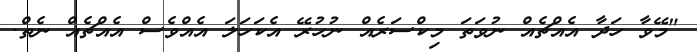
"މޭވާ ހަދާ އެއްޗެއް ނުވަތަ މިކްސަރެއް ނުހުރޭ އެކަހަލަ އެއްވެސް އެއްޗެއް ނެތް.